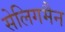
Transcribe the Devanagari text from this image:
सेलिगमैन